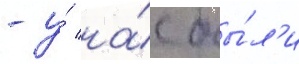
- у́ на́с бы́л'и